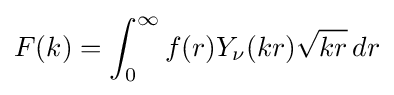
F(k)=\int _{0}^{\infty }f(r)Y_{\nu }(kr){\sqrt {kr}}\,dr